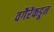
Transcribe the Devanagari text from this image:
वगैरेंकडून